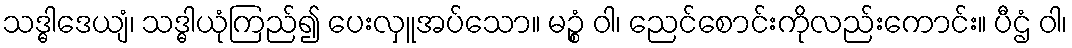
သဒ္ဓါဒေယျံ၊ သဒ္ဓါယုံကြည်၍ ပေးလှူအပ်သော။ မဉ္စံ ဝါ၊ ညေင်စောင်းကိုလည်းကောင်း။ ပီဌံ ဝါ၊